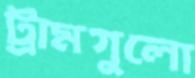
ট্রামগুলো